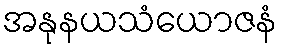
အနုနယသံယောဇနံ